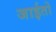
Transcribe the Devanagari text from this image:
जाईतो